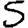
Digit: 5